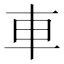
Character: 車